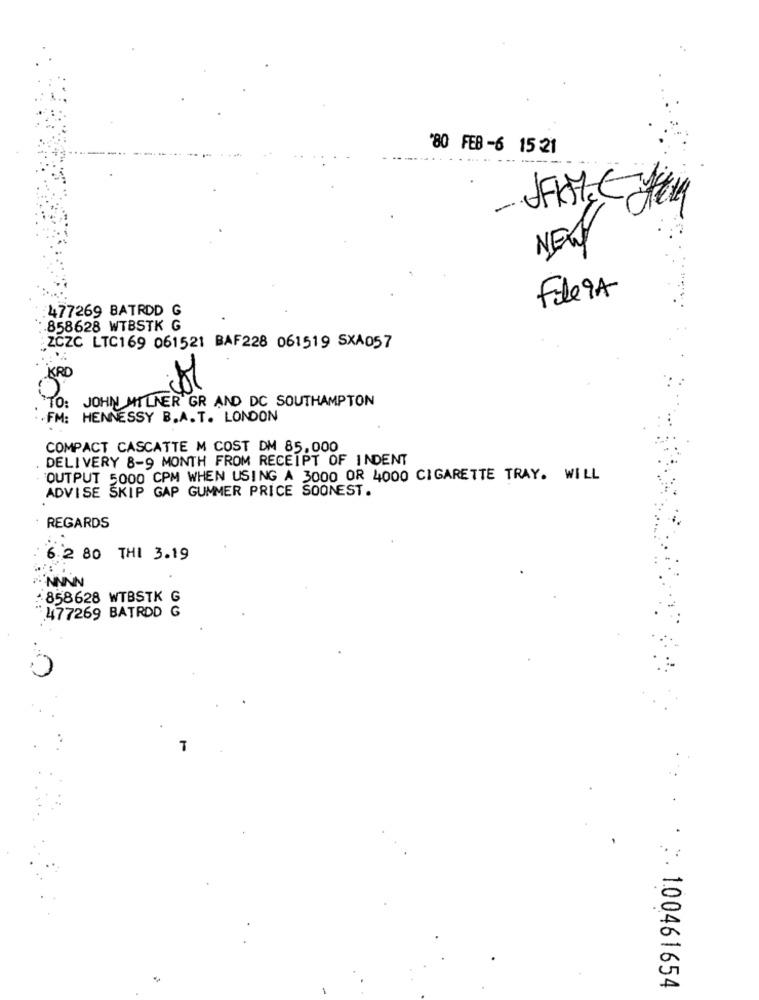
'80 FEB-6 15 :21
-
NEW
File9A
:477269 BATRDD G
858628 WTBSTK G
ZCZC LTC169 061521 BAF228 061519 SXA057
KRD
TO: JOHN MILNER GR AND DC SOUTHAMPTON
FM: HENNESSY B.A. T. LONDON
COMPACT CASCATTE M COST DM 85,000
DELIVERY 8-9 MONTH FROM RECEIPT OF INDENT
OUTPUT 5000 CPM WHEN USING A 3000 OR 4000 CIGARETTE TRAY. WILL
ADVISE SKIP GAP GUMMER PRICE SOONEST.
REGARDS
6.2 80 THI 3.19
NNNN
858628 WTBSTK G
477269 BATRDD G
T
.. . F. 100461654